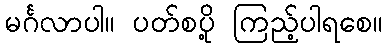
မင်္ဂလာပါ။ ပတ်စပို့ ကြည့်ပါရစေ။